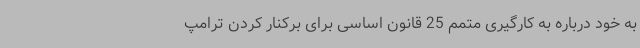
به خود درباره به کارگیری متمم 25 قانون اساسی برای برکنار کردن ترامپ